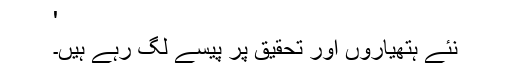
'
نئے ہتھیاروں اور تحقیق پر پیسے لگ رہے ہیں۔